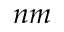
n m